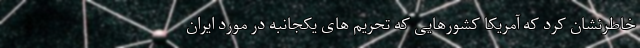
خاطرنشان کرد که آمریکا کشورهایی که تحریم های یکجانبه در مورد ایران